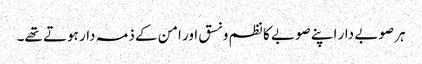
ہر صوبے دار اپنے صوبے کا نظم و نسق اور امن کے ذمہ دار ہوتے تھے۔